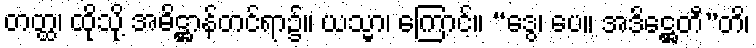
တတ္ထ၊ ထိုသို့ အဓိဋ္ဌာန်တင်ရာ၌။ ယသ္မာ၊ ကြောင့်။ “ဒွေ၊ ပေ။ အဒိဋ္ဌေတီ”တိ၊